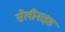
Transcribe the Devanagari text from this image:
सेलीनाइड